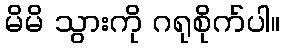
မိမိ သွားကို ဂရုစိုက်ပါ။